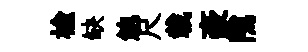
榆缺鮑尺載豪隲